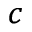
^ { c }